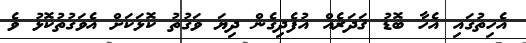
އެހިތުގައި އެހާ ބޮޑު ޤަދަރެއް އުފެދިގެން ދިޔަ ވަގުތު ކޮޅަކަށް އެވަގުތުކޮޅު ވެ